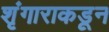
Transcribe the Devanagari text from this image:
शृंगाराकडून